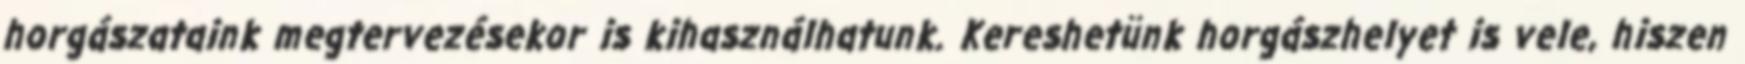
horgászataink megtervezésekor is kihasználhatunk. Kereshetünk horgászhelyet is vele, hiszen